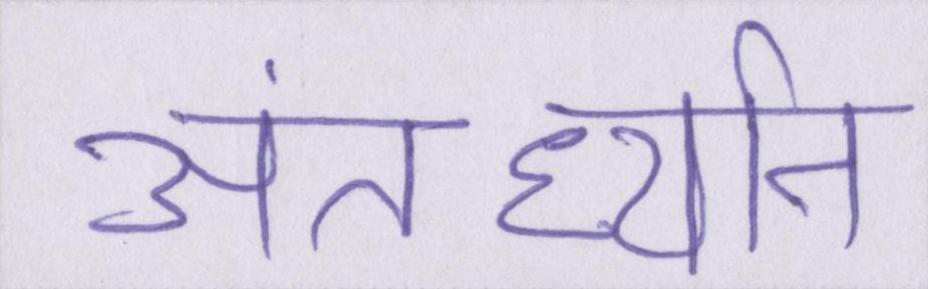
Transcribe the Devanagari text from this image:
अंतर्ध्यान